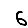
Digit: 6